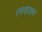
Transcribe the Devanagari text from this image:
रमणाश्रम